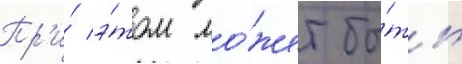
Пр'и́ э́том мо́жет бы́ть